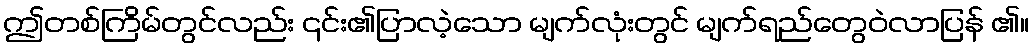
ဤတစ်ကြိမ်တွင်လည်း ၎င်း၏ပြာလဲ့သော မျက်လုံးတွင် မျက်ရည်တွေဝဲလာပြန် ၏။